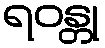
ရဝန္တု